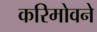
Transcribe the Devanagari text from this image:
करिमोवने